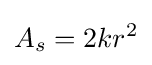
A_{s}=2kr^{2}